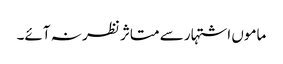
ماموں اشتہار سے متاثر نظر نہ آئے۔